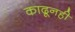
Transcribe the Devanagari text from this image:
काढूनही